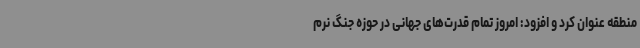
منطقه عنوان کرد و افزود: امروز تمام قدرت‌های جهانی در حوزه جنگ نرم